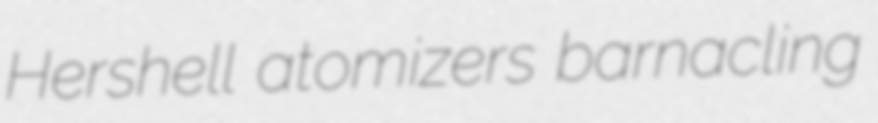
Hershell atomizers barnacling